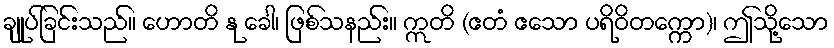
ချုပ်ခြင်းသည်။ ဟောတိ နု ခေါ၊ ဖြစ်သနည်း။ ဣတိ (ဧတံ ဧသော ပရိဝိတက္ကော)၊ ဤသို့သော